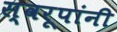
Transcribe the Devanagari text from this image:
स्वरूपांनी